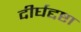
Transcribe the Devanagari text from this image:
दीर्घद्दष्टा